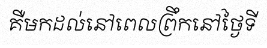
គឺមកដល់នៅពេលព្រឹកនៅថ្ងៃទី